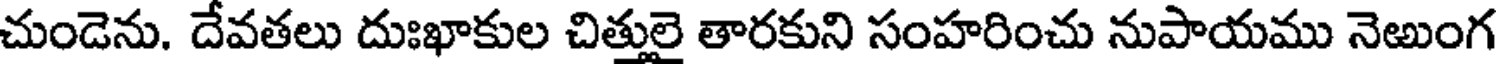
చుండెను. దేవతలు దుఃఖాకుల చిత్తులై తారకుని సంహరించు నుపాయము నెఱుంగ